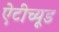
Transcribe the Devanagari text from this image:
ऐटीच्यूड